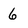
Character: 6